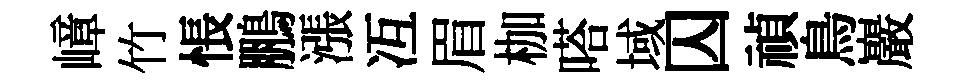
嶂竹悵鵬漲冱眉枷嗒域囚禎鳥巖